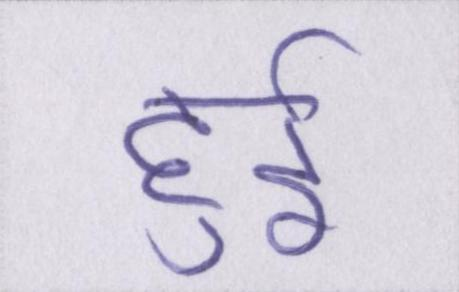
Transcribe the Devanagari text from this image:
हुर्इ